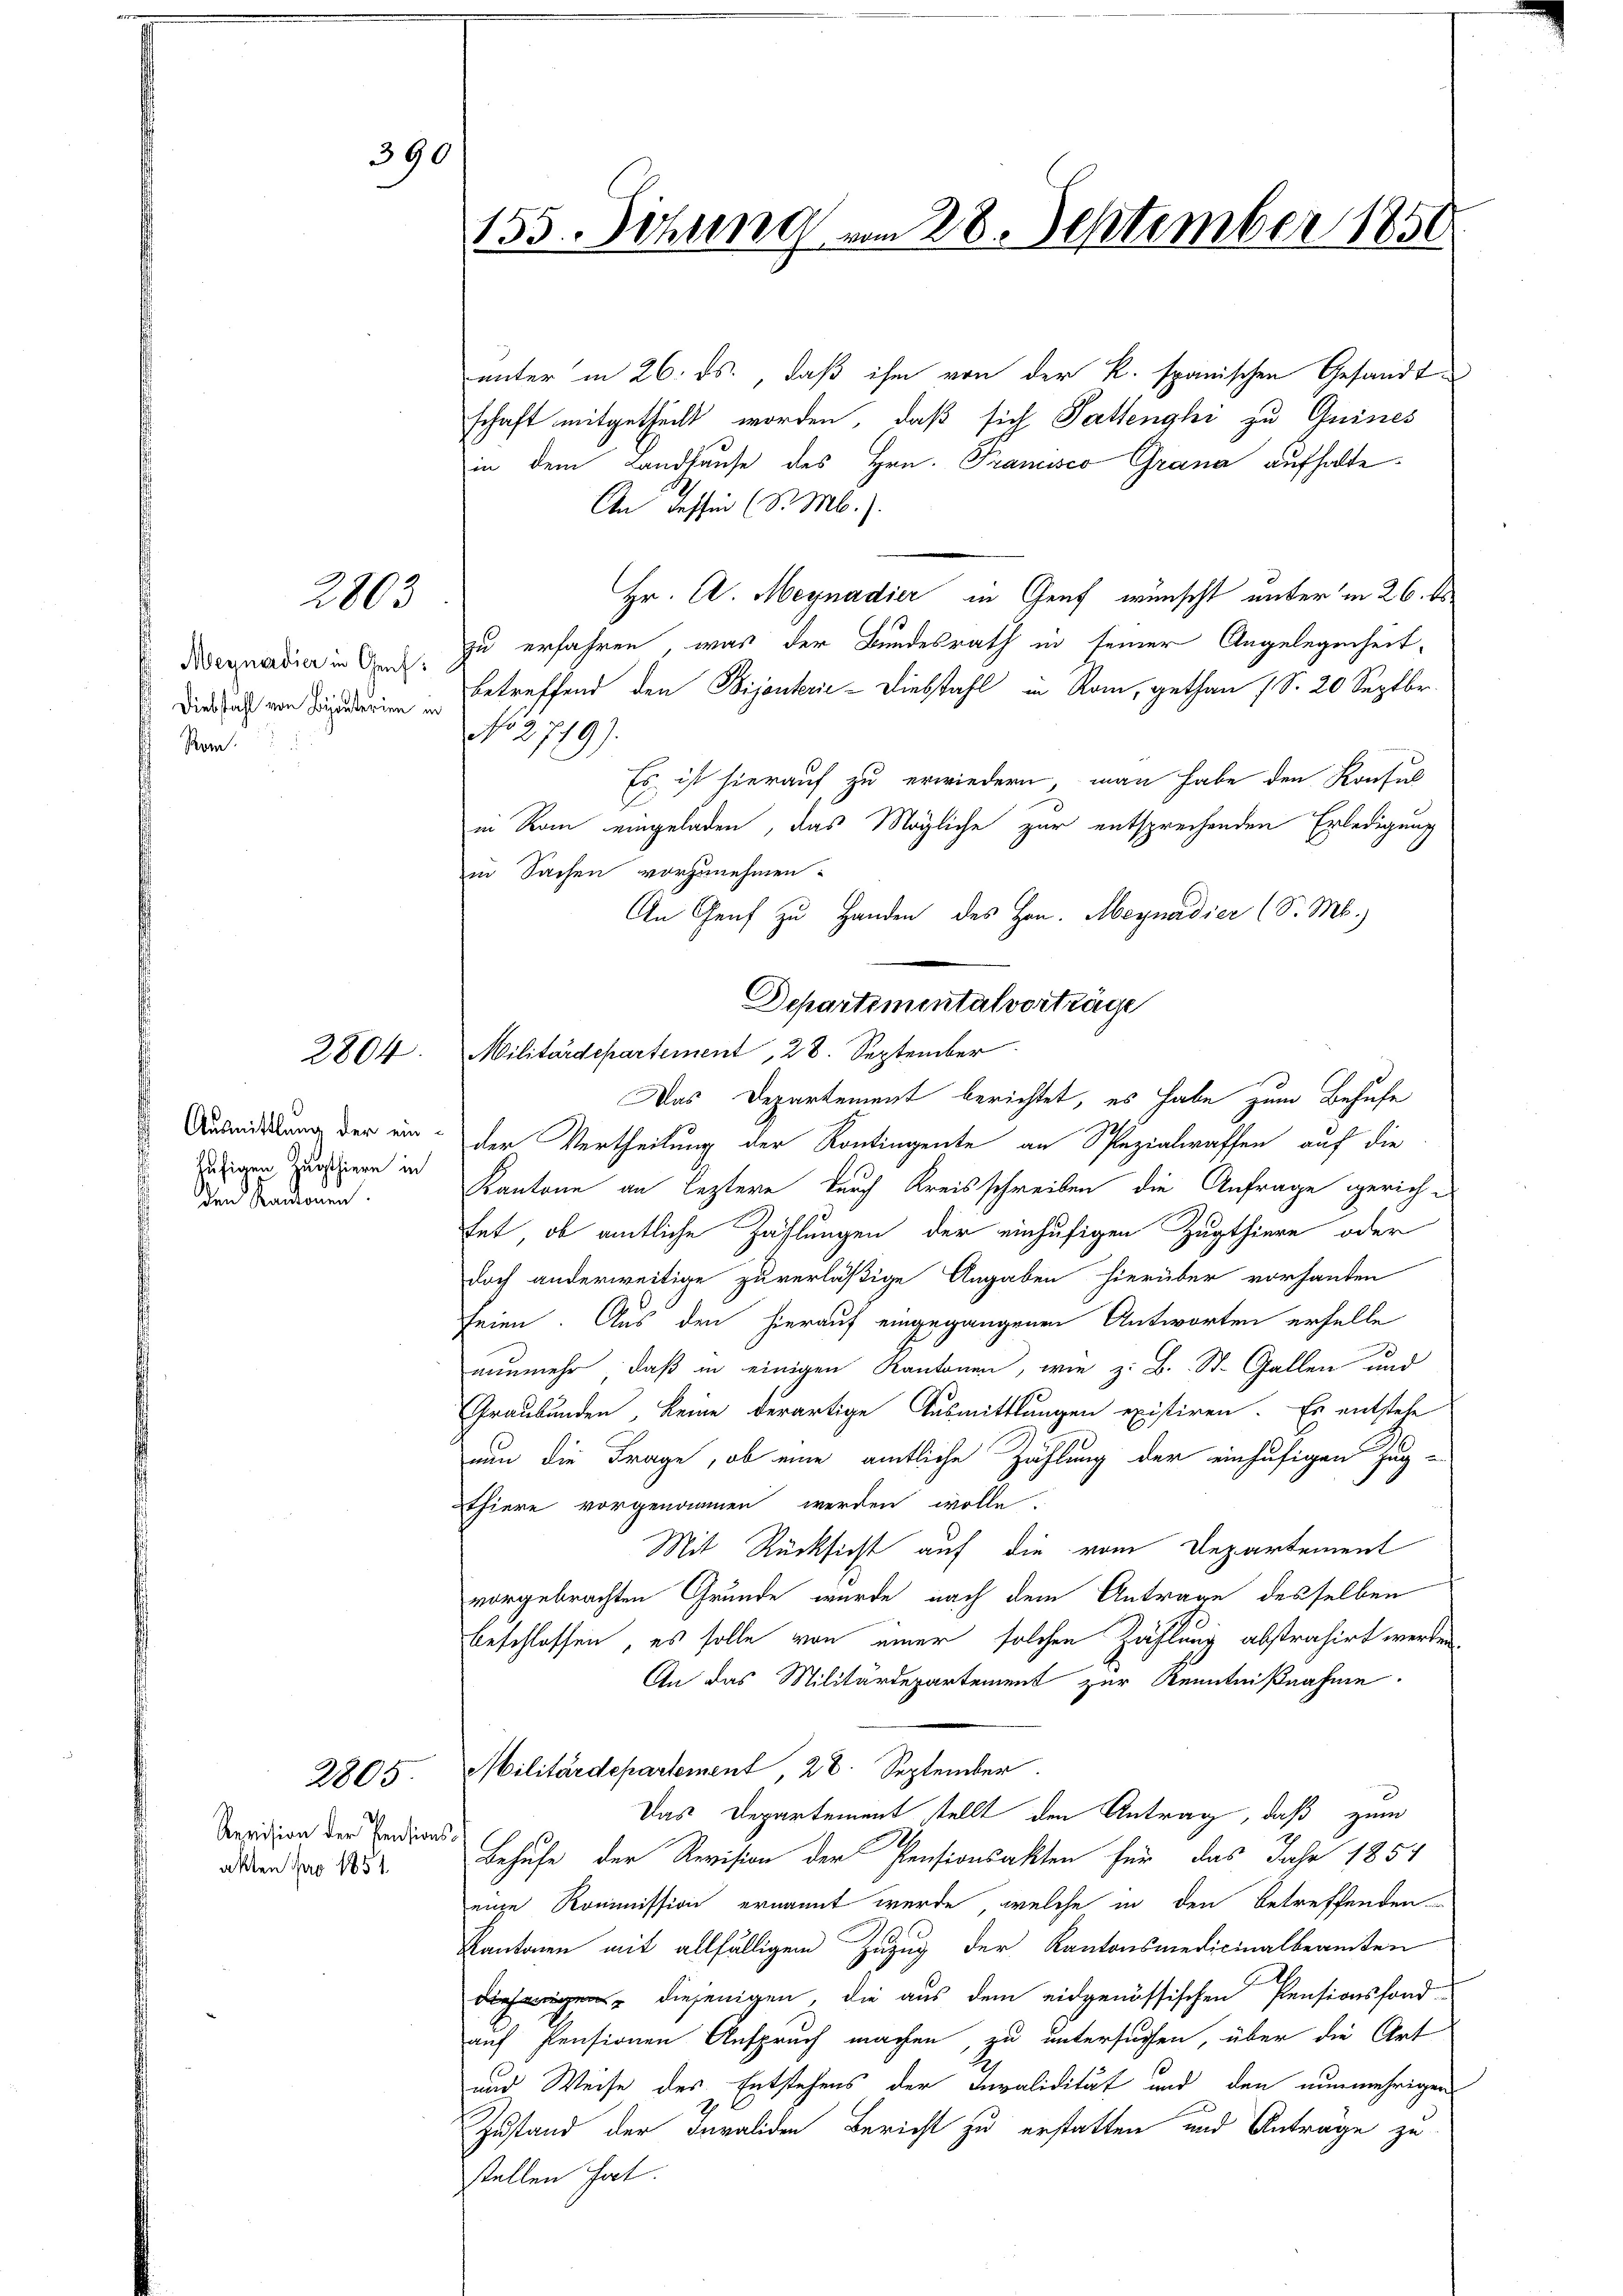
390

2803

Megnadier in Gef
Diebstahl von Biputerien in
Mon.

2804.

hufigen Zugthiern in
den Kantonen.

2805.

Revision der Pensionsakten pro 1851

155. Sitzung vom 28. September 1858

unter in 26. ds., daß ihm von der K. spanischen Gesandt
schaft mitgetheilt worden, daß sich Sattengli zu Quines
in dem Landhause des Hrn. Tramisco Grana aufhalte.
An Tessin (S. M.).
Hr. A. Meynadier in Genf wünscht unter in 26. ds
zu erfahren, was der Bundesrath in seiner Angelegenheit-
betreffend den Bijouterić - Diebstahl in Rom, gethan (S. 20 Septbr.
No 2779).
Es ist hierauf zu erwiedern, man habe den Konsul
in Rom eingeladen, das Mögliche zur entsprechenden Erledigung
in Sachen vorzunehmen:
An Genf zu Handen des Hrn. Meynadier (S. M.)
Militärdepartement, 28. September
Das Departement berichtet, es habe zum Behufe
Ausmittlung der ein der Vertheilung der Kontingente an Spezialwaffen auf die
Kantone an leztere durch Kreisschreiben die Anfrage gericht
tet, ob amtliche Zahlungen der einhufigen Zugthiere oder
doch anderweitige zuverläßige Angaben hierüber vorhanden
feien. Aus den hierauf eingegangenen Antworten erhelle
nunmehr, daß in einigen Kantonen, wie z. B. St. Gallen und
Graubünden, keine derartige Ausmittlungen existiren. Es entstehe
nun die Frage, ob eine amtliche Zahlung der einhufigen Zug-
Thiere vorgenommen werden wolle.
Mit Rücksicht auf die vom Departement
vorgebrachten Grunde wurde nach dem Antrage desselben
beschlossen, es solle von einer solchen Zählung abstrahirt werden,
An das Militärdepartement zur Kenntnißnahme.
Militärdepartement, 28. September.
d
Das Departement stellt den Antrag, daß zum
Behufe der Revision der Pensionsakten für das Jahr 1854
eine Kommission ernannt werde, welche in den betreffenden
Kantonen mit allfälligem Zuzug der Kantonsmedicinalbeamten
diegen diejenigen, die aus dem eidgenössischen Pensionsfond-
auf Pensionen Anspruch machen, zu untersuchen, über die Art
und Weise des Entstehens der Invalidität und den nunmehrigen
Zustand der Invaliden Bericht zu erstatten und Anträge zu
stellen hat.

Departemental vorträge